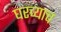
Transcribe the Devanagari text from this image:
घरच्याच